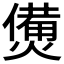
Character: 𤏛